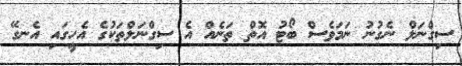
ސިގްނަލް ނެގުނު ނަމަވެސް ބޯޓު އޮތް ތަނެއް އެ ސިގްނަލްތަކުގެ އެހީގައި އެނގޭ